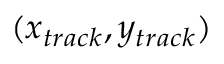
( x _ { t r a c k } , y _ { t r a c k } )